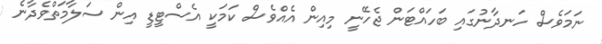
ނަމަވެސް ހަނދާނުގައި ބަހައްޓަން ޖެހޭނީ މިއިން އެއްވެސް ކަމަކީ އެސްޓީޑީ އިން ސަލާމަތްވެދާނެ